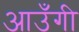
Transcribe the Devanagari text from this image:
आउँगी